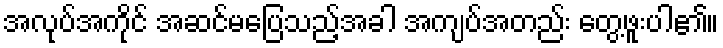
အလုပ်အကိုင် အဆင်မပြေသည့်အခါ အကျပ်အတည်း တွေ့ဖူးပါ၏။